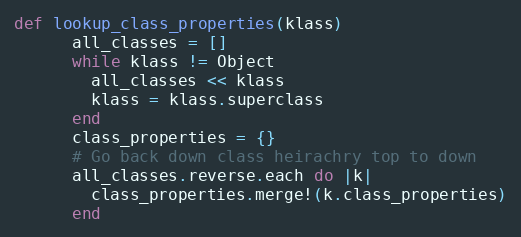
Language: Ruby
def lookup_class_properties(klass)
      all_classes = []
      while klass != Object
        all_classes << klass
        klass = klass.superclass
      end
      class_properties = {}
      # Go back down class heirachry top to down
      all_classes.reverse.each do |k|
        class_properties.merge!(k.class_properties)
      end